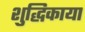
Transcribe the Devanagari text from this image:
शुद्धिकाया